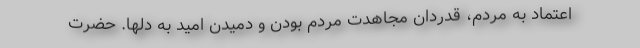
اعتماد به مردم، قدردان مجاهدت مردم بودن و دمیدن امید به دلها. حضرت